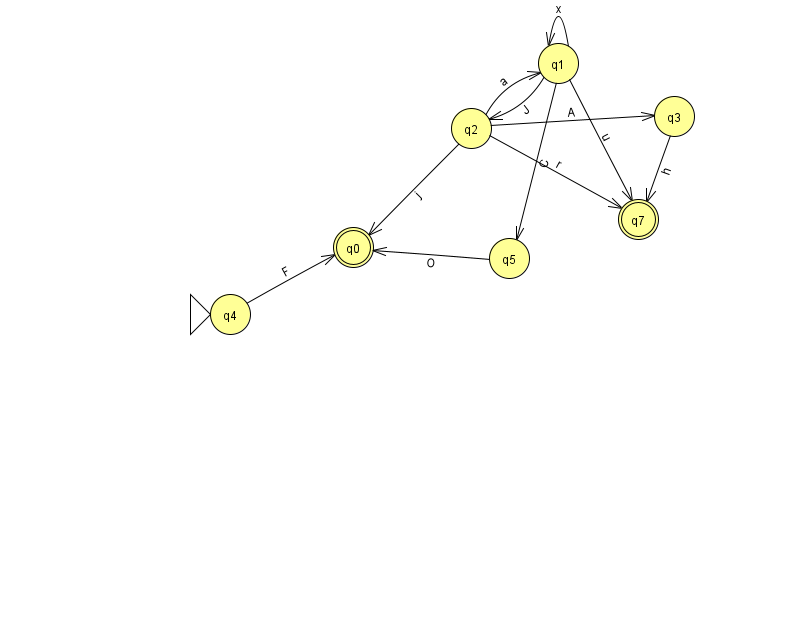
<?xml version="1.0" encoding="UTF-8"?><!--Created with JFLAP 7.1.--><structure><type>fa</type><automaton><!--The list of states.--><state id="0" name="q0"><x>353.0</x><y>234.0</y><final/></state><state id="1" name="q1"><x>558.0</x><y>50.0</y></state><state id="2" name="q2"><x>471.0</x><y>115.0</y></state><state id="3" name="q3"><x>674.0</x><y>103.0</y></state><state id="4" name="q4"><x>230.0</x><y>301.0</y><initial/></state><state id="5" name="q5"><x>509.0</x><y>245.0</y></state><state id="7" name="q7"><x>638.0</x><y>206.0</y><final/></state><!--The list of transitions.--><transition><from>4</from><to>0</to><read>F</read></transition><transition><from>2</from><to>1</to><read>a</read></transition><transition><from>1</from><to>5</to><read>C</read></transition><transition><from>1</from><to>1</to><read>x</read></transition><transition><from>1</from><to>2</to><read>J</read></transition><transition><from>2</from><to>0</to><read>j</read></transition><transition><from>2</from><to>7</to><read>r</read></transition><transition><from>5</from><to>0</to><read>O</read></transition><transition><from>1</from><to>7</to><read>u</read></transition><transition><from>2</from><to>3</to><read>A</read></transition><transition><from>3</from><to>7</to><read>h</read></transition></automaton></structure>